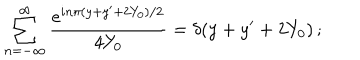
\sum _ { n = - \infty } ^ { \infty } { \frac { e ^ { i n \pi ( y + y ^ { \prime } + 2 Y _ { 0 } ) / 2 } } { 4 Y _ { 0 } } } = \delta ( y + y ^ { \prime } + 2 Y _ { 0 } ) \, ;